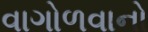
વાગોળવાનો